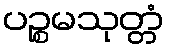
ပဉ္စမသုတ္တံ